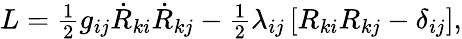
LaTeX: \begin{array}{r}{L=\frac 12g_{ij}\dot{R}_{ki}\dot{R}_{kj}-\frac 12\lambda_{ij}\left[R_{ki}R_{kj}-\delta_{ij}\right],}\end{array}